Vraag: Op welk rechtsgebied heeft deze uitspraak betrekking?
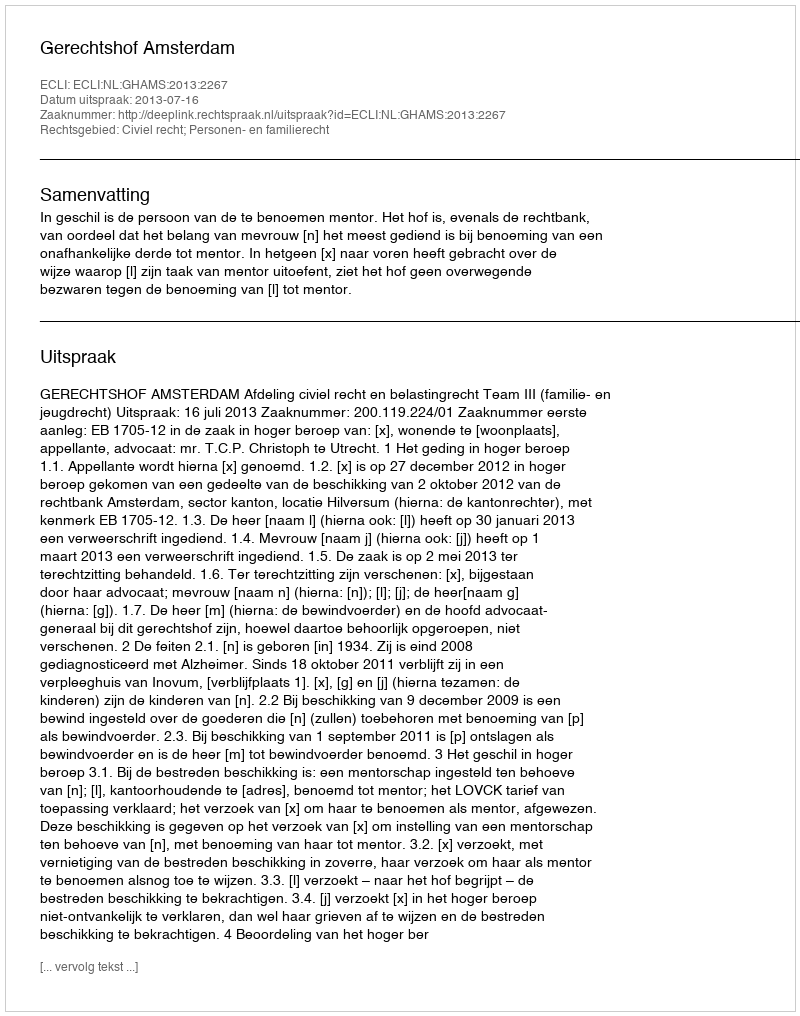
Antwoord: Civiel recht; Personen- en familierecht